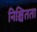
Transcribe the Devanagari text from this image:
निश्चिंतता